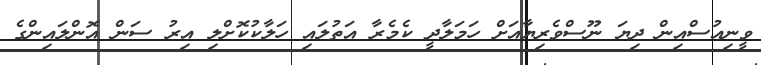
ވީނިއުސްއިން ދިޔަ ނޫސްވެރިޔާއަށް ހަމަލާދީ ކެމެރާ އަތުލައި ހަލާކުކޮށްލި އިރު ސަން އޮންލައިންގެ